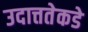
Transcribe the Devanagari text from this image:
उदात्ततेकडे